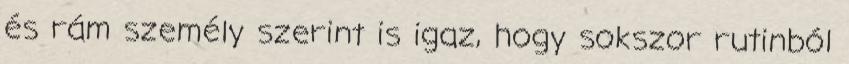
és rám személy szerint is igaz, hogy sokszor rutinból